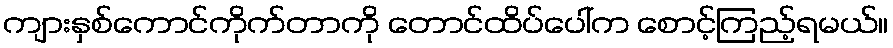
ကျားနှစ်ကောင်ကိုက်တာကို တောင်ထိပ်ပေါ်က စောင့်ကြည့်ရမယ်။